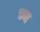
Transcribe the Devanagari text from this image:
ध्य